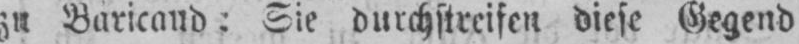
zu Baricaud: Sie durchstreifen diese Gegend